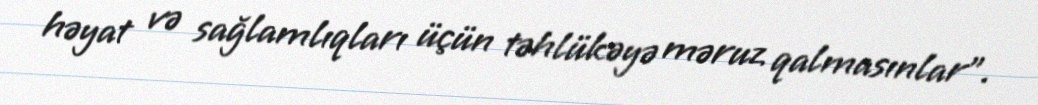
həyat və sağlamlıqları üçün təhlükəyə məruz qalmasınlar”.